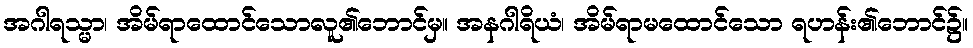
အဂါရသ္မာ၊ အိမ်ရာထောင်သောလူ၏ဘောင်မှ။ အနဂါရိယံ၊ အိမ်ရာမထောင်သော ရဟန်း၏ဘောင်၌။